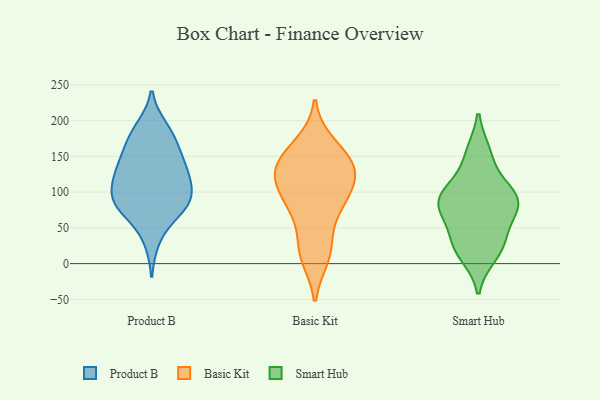
{"axis": {"x": "Satisfaction Score", "y": "Value"}, "legend": ["Basic Kit", "Product B", "Smart Hub"], "data": [{"x": "", "y": 184, "type": "Product B"}, {"x": "", "y": 137, "type": "Product B"}, {"x": "", "y": 81, "type": "Product B"}, {"x": "", "y": 79, "type": "Product B"}, {"x": "", "y": 189, "type": "Product B"}, {"x": "", "y": 89, "type": "Product B"}, {"x": "", "y": 120, "type": "Product B"}, {"x": "", "y": 147, "type": "Product B"}, {"x": "", "y": 163, "type": "Product B"}, {"x": "", "y": 33, "type": "Product B"}, {"x": "", "y": 122, "type": "Product B"}, {"x": "", "y": 68, "type": "Product B"}, {"x": "", "y": 87, "type": "Product B"}, {"x": "", "y": 94, "type": "Product B"}, {"x": "", "y": 93, "type": "Product B"}, {"x": "", "y": 135, "type": "Product B"}, {"x": "", "y": 120, "type": "Product B"}, {"x": "", "y": 176, "type": "Product B"}, {"x": "", "y": 24, "type": "Basic Kit"}, {"x": "", "y": 129, "type": "Basic Kit"}, {"x": "", "y": 124, "type": "Basic Kit"}, {"x": "", "y": 77, "type": "Basic Kit"}, {"x": "", "y": 102, "type": "Basic Kit"}, {"x": "", "y": 141, "type": "Basic Kit"}, {"x": "", "y": 139, "type": "Basic Kit"}, {"x": "", "y": 167, "type": "Basic Kit"}, {"x": "", "y": 10, "type": "Basic Kit"}, {"x": "", "y": 84, "type": "Basic Kit"}, {"x": "", "y": 151, "type": "Smart Hub"}, {"x": "", "y": 154, "type": "Smart Hub"}, {"x": "", "y": 100, "type": "Smart Hub"}, {"x": "", "y": 94, "type": "Smart Hub"}, {"x": "", "y": 27, "type": "Smart Hub"}, {"x": "", "y": 83, "type": "Smart Hub"}, {"x": "", "y": 61, "type": "Smart Hub"}, {"x": "", "y": 77, "type": "Smart Hub"}, {"x": "", "y": 93, "type": "Smart Hub"}, {"x": "", "y": 13, "type": "Smart Hub"}, {"x": "", "y": 26, "type": "Smart Hub"}, {"x": "", "y": 78, "type": "Smart Hub"}, {"x": "", "y": 99, "type": "Smart Hub"}, {"x": "", "y": 26, "type": "Smart Hub"}]}